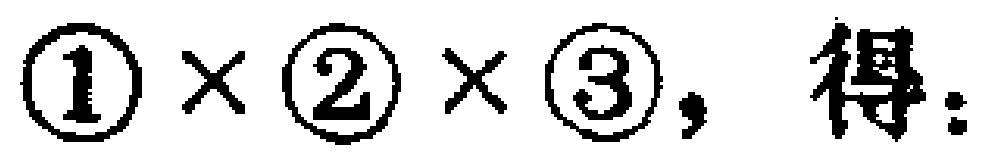
\(\textcircled{1}\times\textcircled{2}\times\textcircled{3},\text{得：}\)